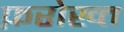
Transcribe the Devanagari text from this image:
फ़रोख्त